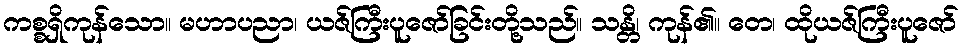
ကစ္စရှိကုန်သော။ မဟာပညာ၊ ယဇ်ကြီးပူဇော်ခြင်းတို့သည်။ သန္တိ၊ ကုန်၏။ တေ၊ ထိုယဇ်ကြီးပူဇော်